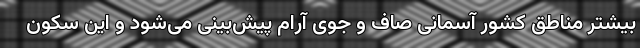
بیشتر مناطق کشور آسمانی صاف و جوی آرام پیش‌بینی می‌شود و این سکون